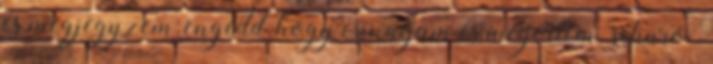
és megjegyzem; engedd, hogy csináljam és megértem. schuro .